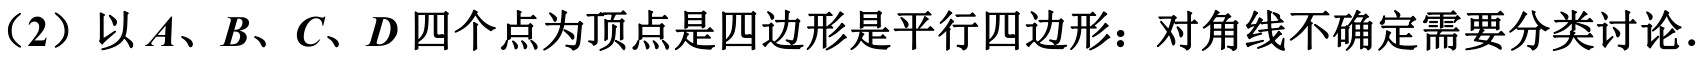
（2）以\(A、B、C、D\)四个点为顶点是四边形是平行四边形：对角线不确定需要分类讨论.